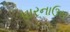
પારનાઉસ